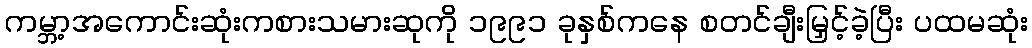
ကမ္ဘာ့အကောင်းဆုံးကစားသမားဆုကို ၁၉၉၁ ခုနှစ်ကနေ စတင်ချီးမြှင့်ခဲ့ပြီး ပထမဆုံး